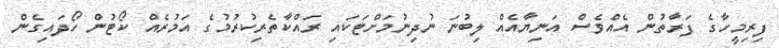
ފިރިމީހާގެ ފަރާތުން އެއްވެސް އަނިޔާއެއް ލިބުނަ ނުދިނުމަށްޓަކައި ރައްކާތެރިކުރުމުގެ އަމުރެއް ކޯޓުން ހޯދައިގެން